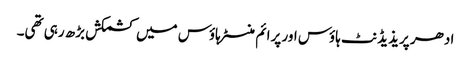
ادھر پریذیڈنٹ ہاؤس اور پرائم منسٹر ہاؤس میں کشمکش بڑھ رہی تھی۔